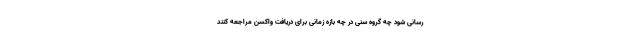
‌رسانی شود چه گروه سنی در چه بازه زمانی برای دریافت واکسن مراجعه کنند